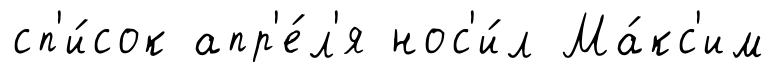
сп'и́сок апр'е́л'я нос'и́л Ма́кс'им